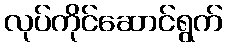
လုပ်ကိုင်ဆောင်ရွက်